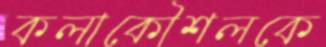
কলাকৌশলকে